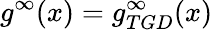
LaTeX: g^{\infty}(x)=g_{TGD}^{\infty}(x)